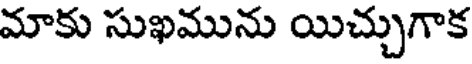
మాకు సుఖమును యిచ్చుగాక